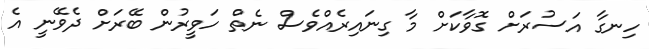
ހިނގާ އަސުރަށް ގޮވާކަށް މާ ގިނައިރެއްވެސް ނެތް ހަވީރުން ބޭރަށް ދެވޭނީ އެ